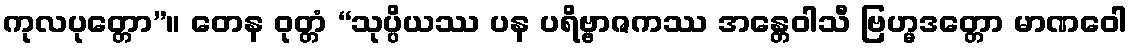
ကုလပုတ္တော”။ တေန ဝုတ္တံ “သုပ္ပိယဿ ပန ပရိဗ္ဗာဇကဿ အန္တေဝါသီ ဗြဟ္မဒတ္တော မာဏဝေါ